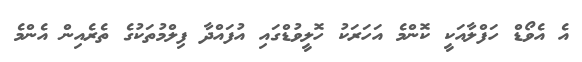
އެ އެވޯޑް ހަފްލާއަކީ ކޮންމެ އަހަރަކު ހޮލީވުޑްގައި އުފައްދާ ފިލްމުތަކުގެ ތެރެއިން އެންމެ